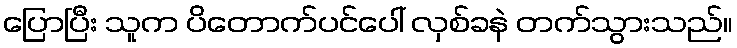
ပြောပြီး သူက ပိတောက်ပင်ပေါ် လှစ်ခနဲ တက်သွားသည်။